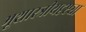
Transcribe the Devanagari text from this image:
भूशास्त्रीयदृष्ट्या